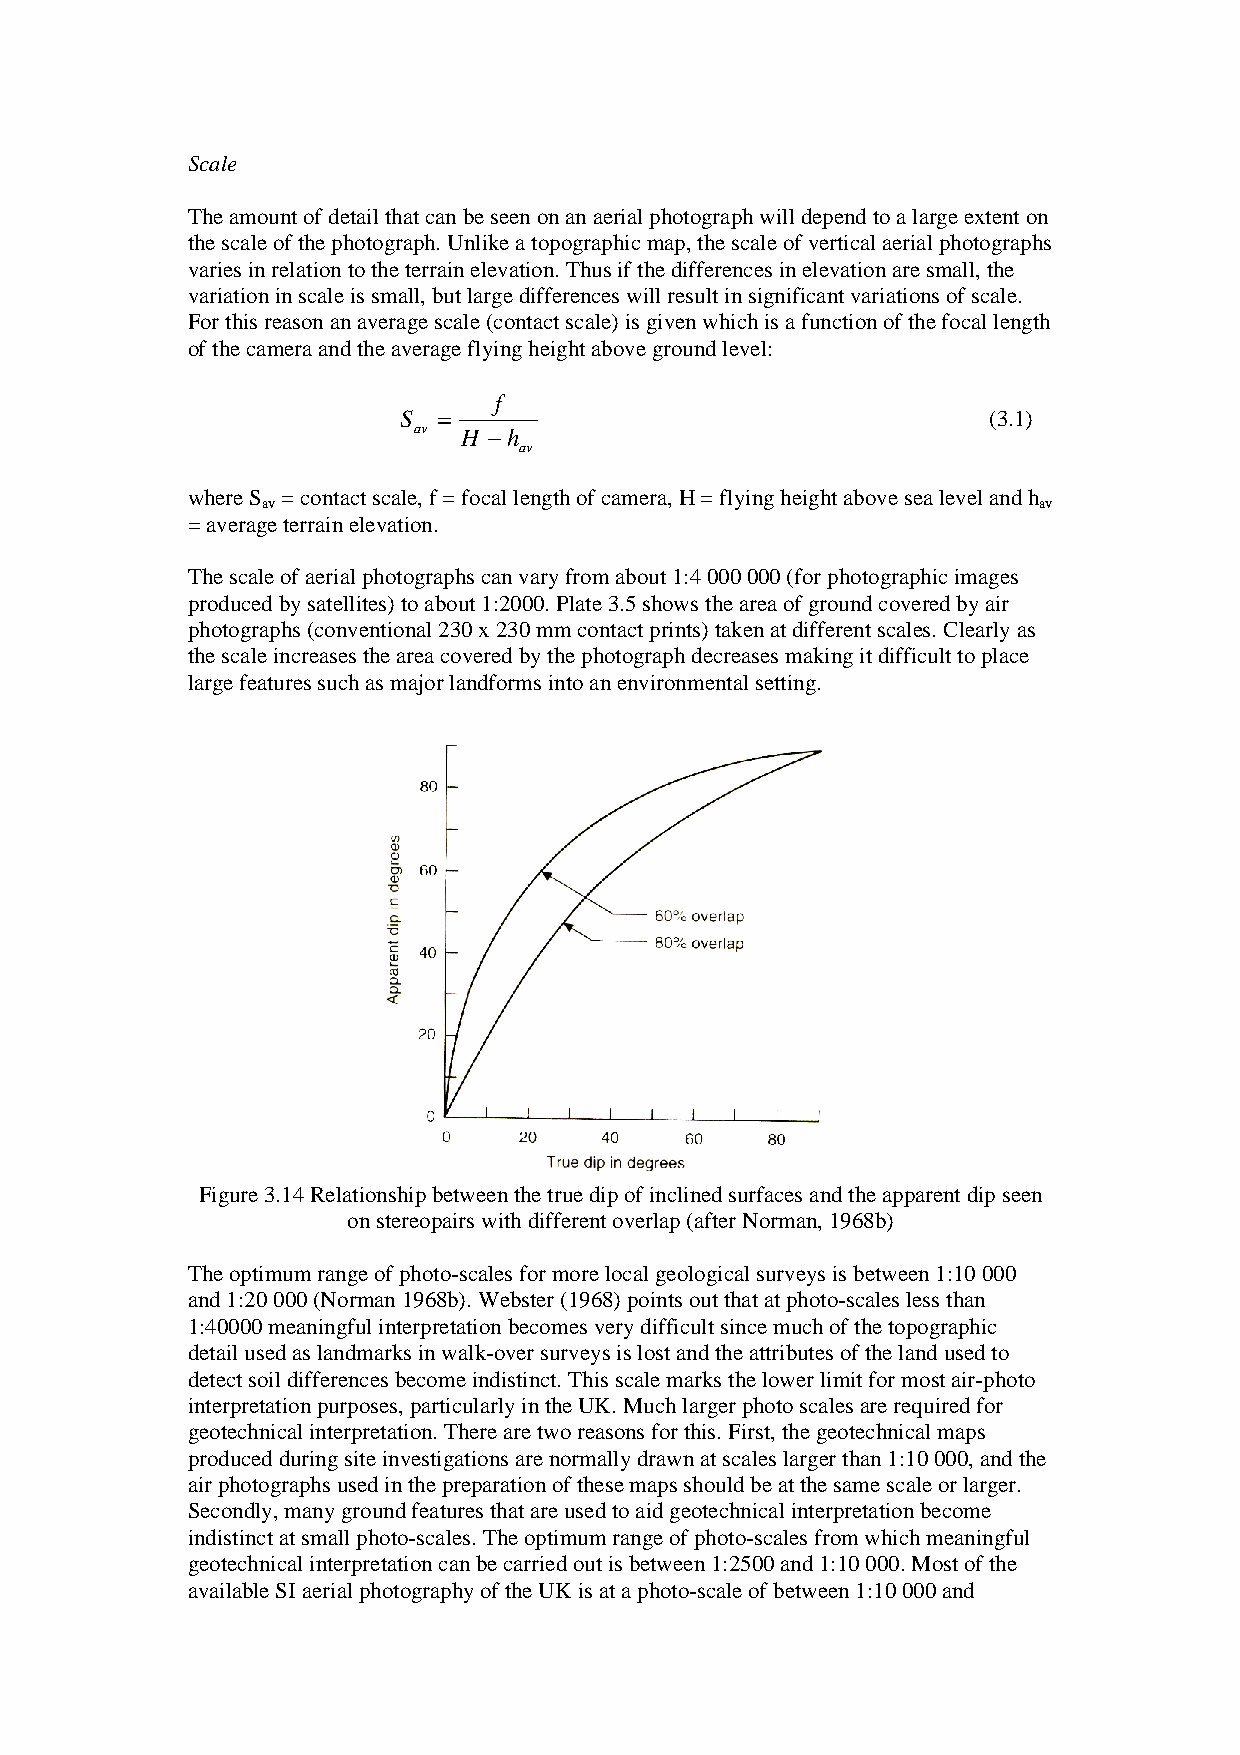
Scale
 The amount of detail that can be seen on an aerial photograph will depend to a large extent on
 the scale of the photograph. Unlike a topographic map, the scale of vertical aerial photographs
 varies in relation to the terrain elevation. Thus if the differences in elevation are small, the
 variation in scale is small, but large differences will result in significant variations of scale.
 For this reason an average scale (contact scale) is given which is a function of the focal length
 of the camera and the average flying height above ground level:
 f
 S  =                                   (3.1)
 av  H −h
 av
 where S = contact scale, f = focal length of camera, H = flying height above sea level and h
 av                                                  av
 = average terrain elevation.
 The scale of aerial photographs can vary from about 1:4 000 000 (for photographic images
 produced by satellites) to about 1:2000. Plate 3.5 shows the area of ground covered by air
 photographs (conventional 230 x 230 mm contact prints) taken at different scales. Clearly as
 the scale increases the area covered by the photograph decreases making it difficult to place
 large features such as major landforms into an environmental setting.
 Figure 3.14 Relationship between the true dip of inclined surfaces and the apparent dip seen
 on stereopairs with different overlap (after Norman, 1968b)
 The optimum range of photo-scales for more local geological surveys is between 1:10 000
 and 1:20 000 (Norman 1968b). Webster (1968) points out that at photo-scales less than
 1:40000 meaningful interpretation becomes very difficult since much of the topographic
 detail used as landmarks in walk-over surveys is lost and the attributes of the land used to
 detect soil differences become indistinct. This scale marks the lower limit for most air-photo
 interpretation purposes, particularly in the UK. Much larger photo scales are required for
 geotechnical interpretation. There are two reasons for this. First, the geotechnical maps
 produced during site investigations are normally drawn at scales larger than 1:10 000, and the
 air photographs used in the preparation of these maps should be at the same scale or larger.
 Secondly, many ground features that are used to aid geotechnical interpretation become
 indistinct at small photo-scales. The optimum range of photo-scales from which meaningful
 geotechnical interpretation can be carried out is between 1:2500 and 1:10 000. Most of the
 available SI aerial photography of the UK is at a photo-scale of between 1:10 000 and